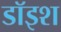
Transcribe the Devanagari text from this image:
डॉइश